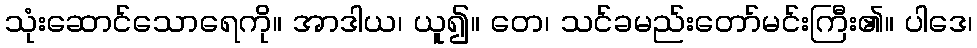
သုံးဆောင်သောရေကို။ အာဒါယ၊ ယူ၍။ တေ၊ သင်ခမည်းတော်မင်းကြီး၏။ ပါဒေ၊